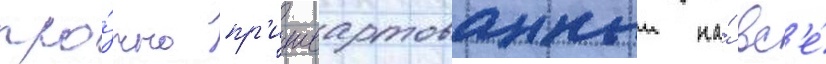
про́чно пр'ишвартованныи на́ вс'е́